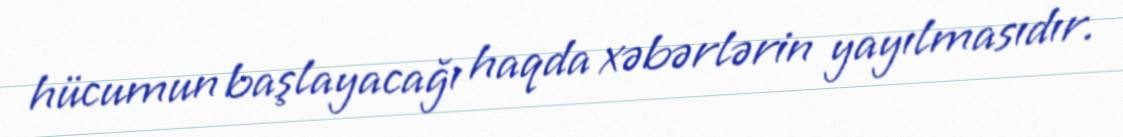
hücumun başlayacağı haqda xəbərlərin yayılmasıdır.